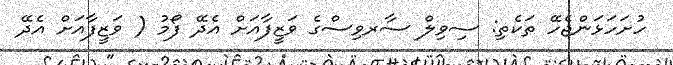
ހުށަހަޅަންޖެހޭ ތަކެތި: ސިވިލް ސާރވިސްގެ ވަޒީފާއަށް އެދޭ ފޯމު ( ވަޒީފާއަށް އެދޭ